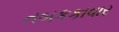
તબકકાવાર